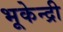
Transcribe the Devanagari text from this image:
भूकेन्द्री